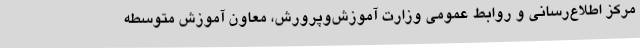
مرکز اطلاع‌رسانی و روابط عمومی وزارت آموزش‌وپرورش، معاون آموزش متوسطه